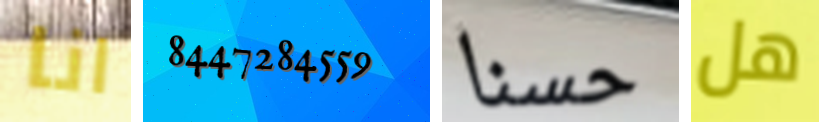
انا 8447284559 حسنا هل